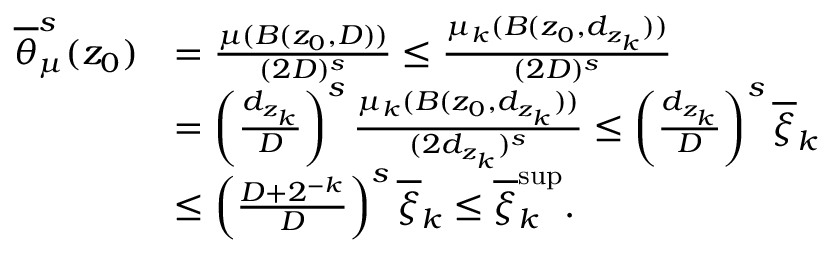
\begin{array} { r l } { \overline { { \theta } } _ { \mu } ^ { s } ( z _ { 0 } ) } & { = \frac { \mu ( B ( z _ { 0 } , D ) ) } { ( 2 D ) ^ { s } } \leq \frac { \mu _ { k } ( B ( z _ { 0 } , d _ { z _ { k } } ) ) } { ( 2 D ) ^ { s } } } \\ & { = \left( \frac { d _ { z _ { k } } } { D } \right) ^ { s } \frac { \mu _ { k } ( B ( z _ { 0 } , d _ { z _ { k } } ) ) } { ( 2 d _ { z _ { k } } ) ^ { s } } \leq \left( \frac { d _ { z _ { k } } } { D } \right) ^ { s } \overline { { \xi } } _ { k } } \\ & { \leq \left( \frac { D + 2 ^ { - k } } { D } \right) ^ { s } \overline { { \xi } } _ { k } \leq \overline { { \xi } } _ { k } ^ { \operatorname* { s u p } } . } \end{array}